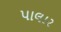
પાલાર